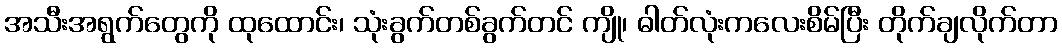
အသီးအရွက်တွေကို ထုထောင်း၊ သုံးခွက်တစ်ခွက်တင် ကျို၊ ဓါတ်လုံးကလေးစိမ်ပြီး တိုက်ချလိုက်တာ